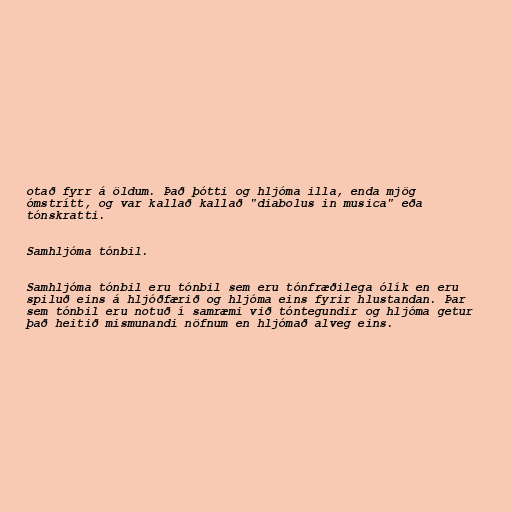
otað fyrr á öldum. Það þótti og hljóma illa, enda mjög
ómstrítt, og var kallað kallað "diabolus in musica" eða
tónskratti.

Samhljóma tónbil.

Samhljóma tónbil eru tónbil sem eru tónfræðilega ólík en eru
spiluð eins á hljóðfærið og hljóma eins fyrir hlustandan. Þar
sem tónbil eru notuð í samræmi við tóntegundir og hljóma getur
það heitið mismunandi nöfnum en hljómað alveg eins.